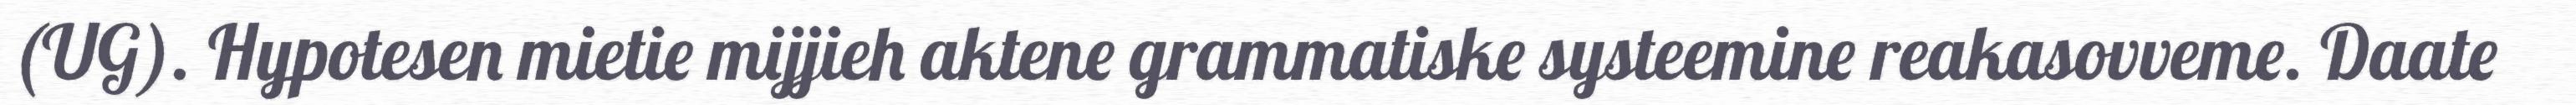
(UG). Hypotesen mietie mijjieh aktene grammatiske systeemine reakasovveme. Daate